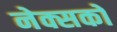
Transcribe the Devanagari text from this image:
नेक्सको